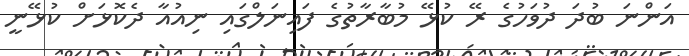
އަންނަ ބުދަ ދުވަހުގެ ރޭ ކުޅޭ މުބާރާތުގެ ފައިނަލްގައި ނިއުއާ ދެކޮޅަށް ކުޅޭނީ